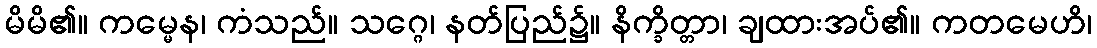
မိမိ၏။ ကမ္မေန၊ ကံသည်။ သဂ္ဂေ၊ နတ်ပြည်၌။ နိက္ခိတ္တာ၊ ချထားအပ်၏။ ကတမေဟိ၊